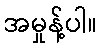
အမှုန့်ပါ။